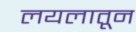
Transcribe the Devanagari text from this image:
लयलातून